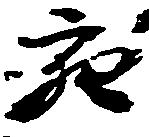
充